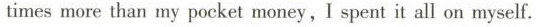
times more than my pocket maney,I spent it all on myself.